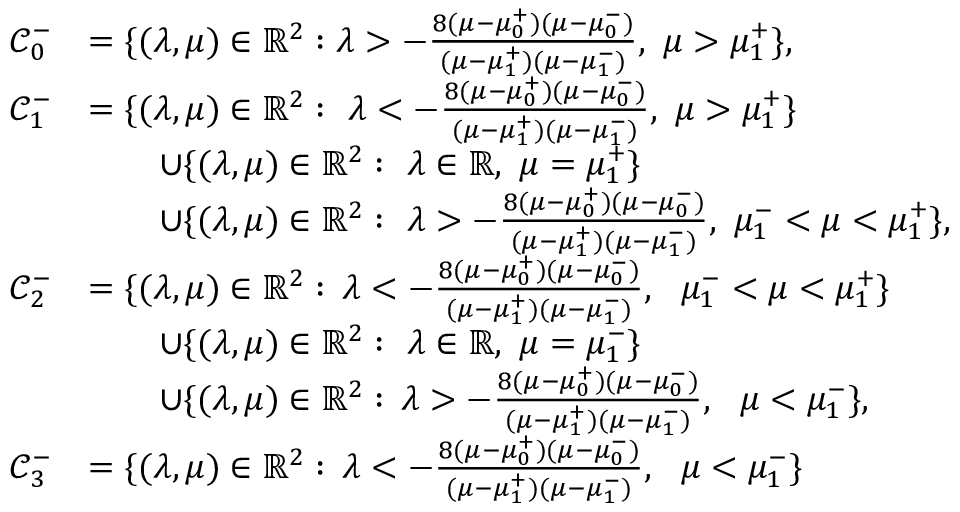
\begin{array} { r l } { { \mathcal C } _ { 0 } ^ { - } } & { = \{ ( \lambda , \mu ) \in \mathbb { R } ^ { 2 } : \lambda > - \frac { 8 ( \mu - \mu _ { 0 } ^ { + } ) ( \mu - \mu _ { 0 } ^ { - } ) } { ( \mu - \mu _ { 1 } ^ { + } ) ( \mu - \mu _ { 1 } ^ { - } ) } , \, \, \mu > \mu _ { 1 } ^ { + } \} , } \\ { { \mathcal C } _ { 1 } ^ { - } } & { = \{ ( \lambda , \mu ) \in \mathbb { R } ^ { 2 } : \, \, \lambda < - \frac { 8 ( \mu - \mu _ { 0 } ^ { + } ) ( \mu - \mu _ { 0 } ^ { - } ) } { ( \mu - \mu _ { 1 } ^ { + } ) ( \mu - \mu _ { 1 } ^ { - } ) } , \, \, \mu > \mu _ { 1 } ^ { + } \} } \\ & { \quad \quad \cup \{ ( \lambda , \mu ) \in \mathbb { R } ^ { 2 } : \, \, \lambda \in \mathbb { R } , \, \, \mu = \mu _ { 1 } ^ { + } \} } \\ & { \quad \quad \cup \{ ( \lambda , \mu ) \in \mathbb { R } ^ { 2 } : \, \, \lambda > - \frac { 8 ( \mu - \mu _ { 0 } ^ { + } ) ( \mu - \mu _ { 0 } ^ { - } ) } { ( \mu - \mu _ { 1 } ^ { + } ) ( \mu - \mu _ { 1 } ^ { - } ) } , \, \, \mu _ { 1 } ^ { - } < \mu < \mu _ { 1 } ^ { + } \} , } \\ { { \mathcal C } _ { 2 } ^ { - } } & { = \{ ( \lambda , \mu ) \in \mathbb { R } ^ { 2 } : \, \lambda < - \frac { 8 ( \mu - \mu _ { 0 } ^ { + } ) ( \mu - \mu _ { 0 } ^ { - } ) } { ( \mu - \mu _ { 1 } ^ { + } ) ( \mu - \mu _ { 1 } ^ { - } ) } , \, \, \, \, \mu _ { 1 } ^ { - } < \mu < \mu _ { 1 } ^ { + } \} } \\ & { \quad \quad \cup \{ ( \lambda , \mu ) \in \mathbb { R } ^ { 2 } : \, \, \lambda \in \mathbb { R } , \, \, \mu = \mu _ { 1 } ^ { - } \} } \\ & { \quad \quad \cup \{ ( \lambda , \mu ) \in \mathbb { R } ^ { 2 } : \, \lambda > - \frac { 8 ( \mu - \mu _ { 0 } ^ { + } ) ( \mu - \mu _ { 0 } ^ { - } ) } { ( \mu - \mu _ { 1 } ^ { + } ) ( \mu - \mu _ { 1 } ^ { - } ) } , \, \, \, \, \mu < \mu _ { 1 } ^ { - } \} , } \\ { { \mathcal C } _ { 3 } ^ { - } } & { = \{ ( \lambda , \mu ) \in \mathbb { R } ^ { 2 } : \, \lambda < - \frac { 8 ( \mu - \mu _ { 0 } ^ { + } ) ( \mu - \mu _ { 0 } ^ { - } ) } { ( \mu - \mu _ { 1 } ^ { + } ) ( \mu - \mu _ { 1 } ^ { - } ) } , \, \, \, \, \mu < \mu _ { 1 } ^ { - } \} } \end{array}